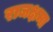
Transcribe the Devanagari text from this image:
राजक्षमा